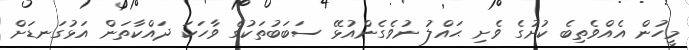
މީހުން އެއްވެތިބެ ކުށުގެ ވެށި ޙައްލު ނުވެގެންއުޅޭ ސަބަބުތަކުގެ ވާހަކަ ދައްކާތަން އަޅުގަނޑަށް